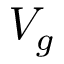
V _ { g }